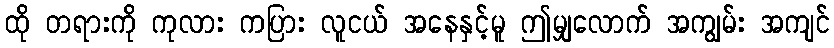
ထို တရားကို ကုလား ကပြား လူငယ် အနေနှင့်မူ ဤမျှလောက် အကျွမ်း အကျင်